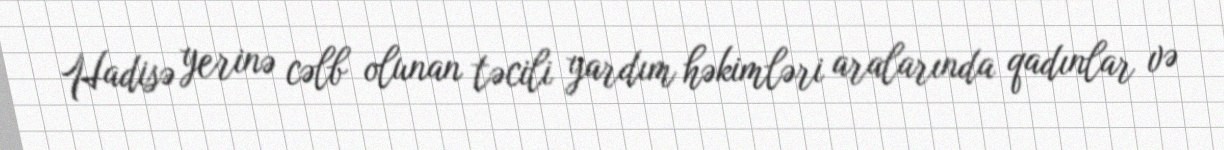
Hadisə yerinə cəlb olunan təcili yardım həkimləri aralarında qadınlar və